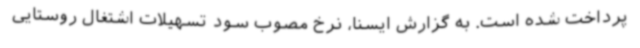
پرداخت شده است. به گزارش ایسنا، نرخ مصوب سود تسهیلات اشتغال روستایی